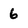
Character: 6